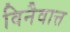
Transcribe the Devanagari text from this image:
विनैवात्त